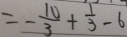
= - \frac { 1 0 } { 3 } + \frac { 1 } { 3 } - 6